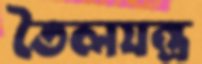
তৈলযন্ত্র